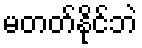
မတတ်နိုင်ဘဲ